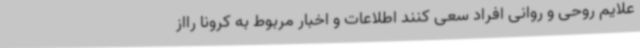
علایم روحی و روانی افراد سعی کنند اطلاعات و اخبار مربوط به کرونا رااز